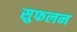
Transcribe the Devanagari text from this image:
सुफलन